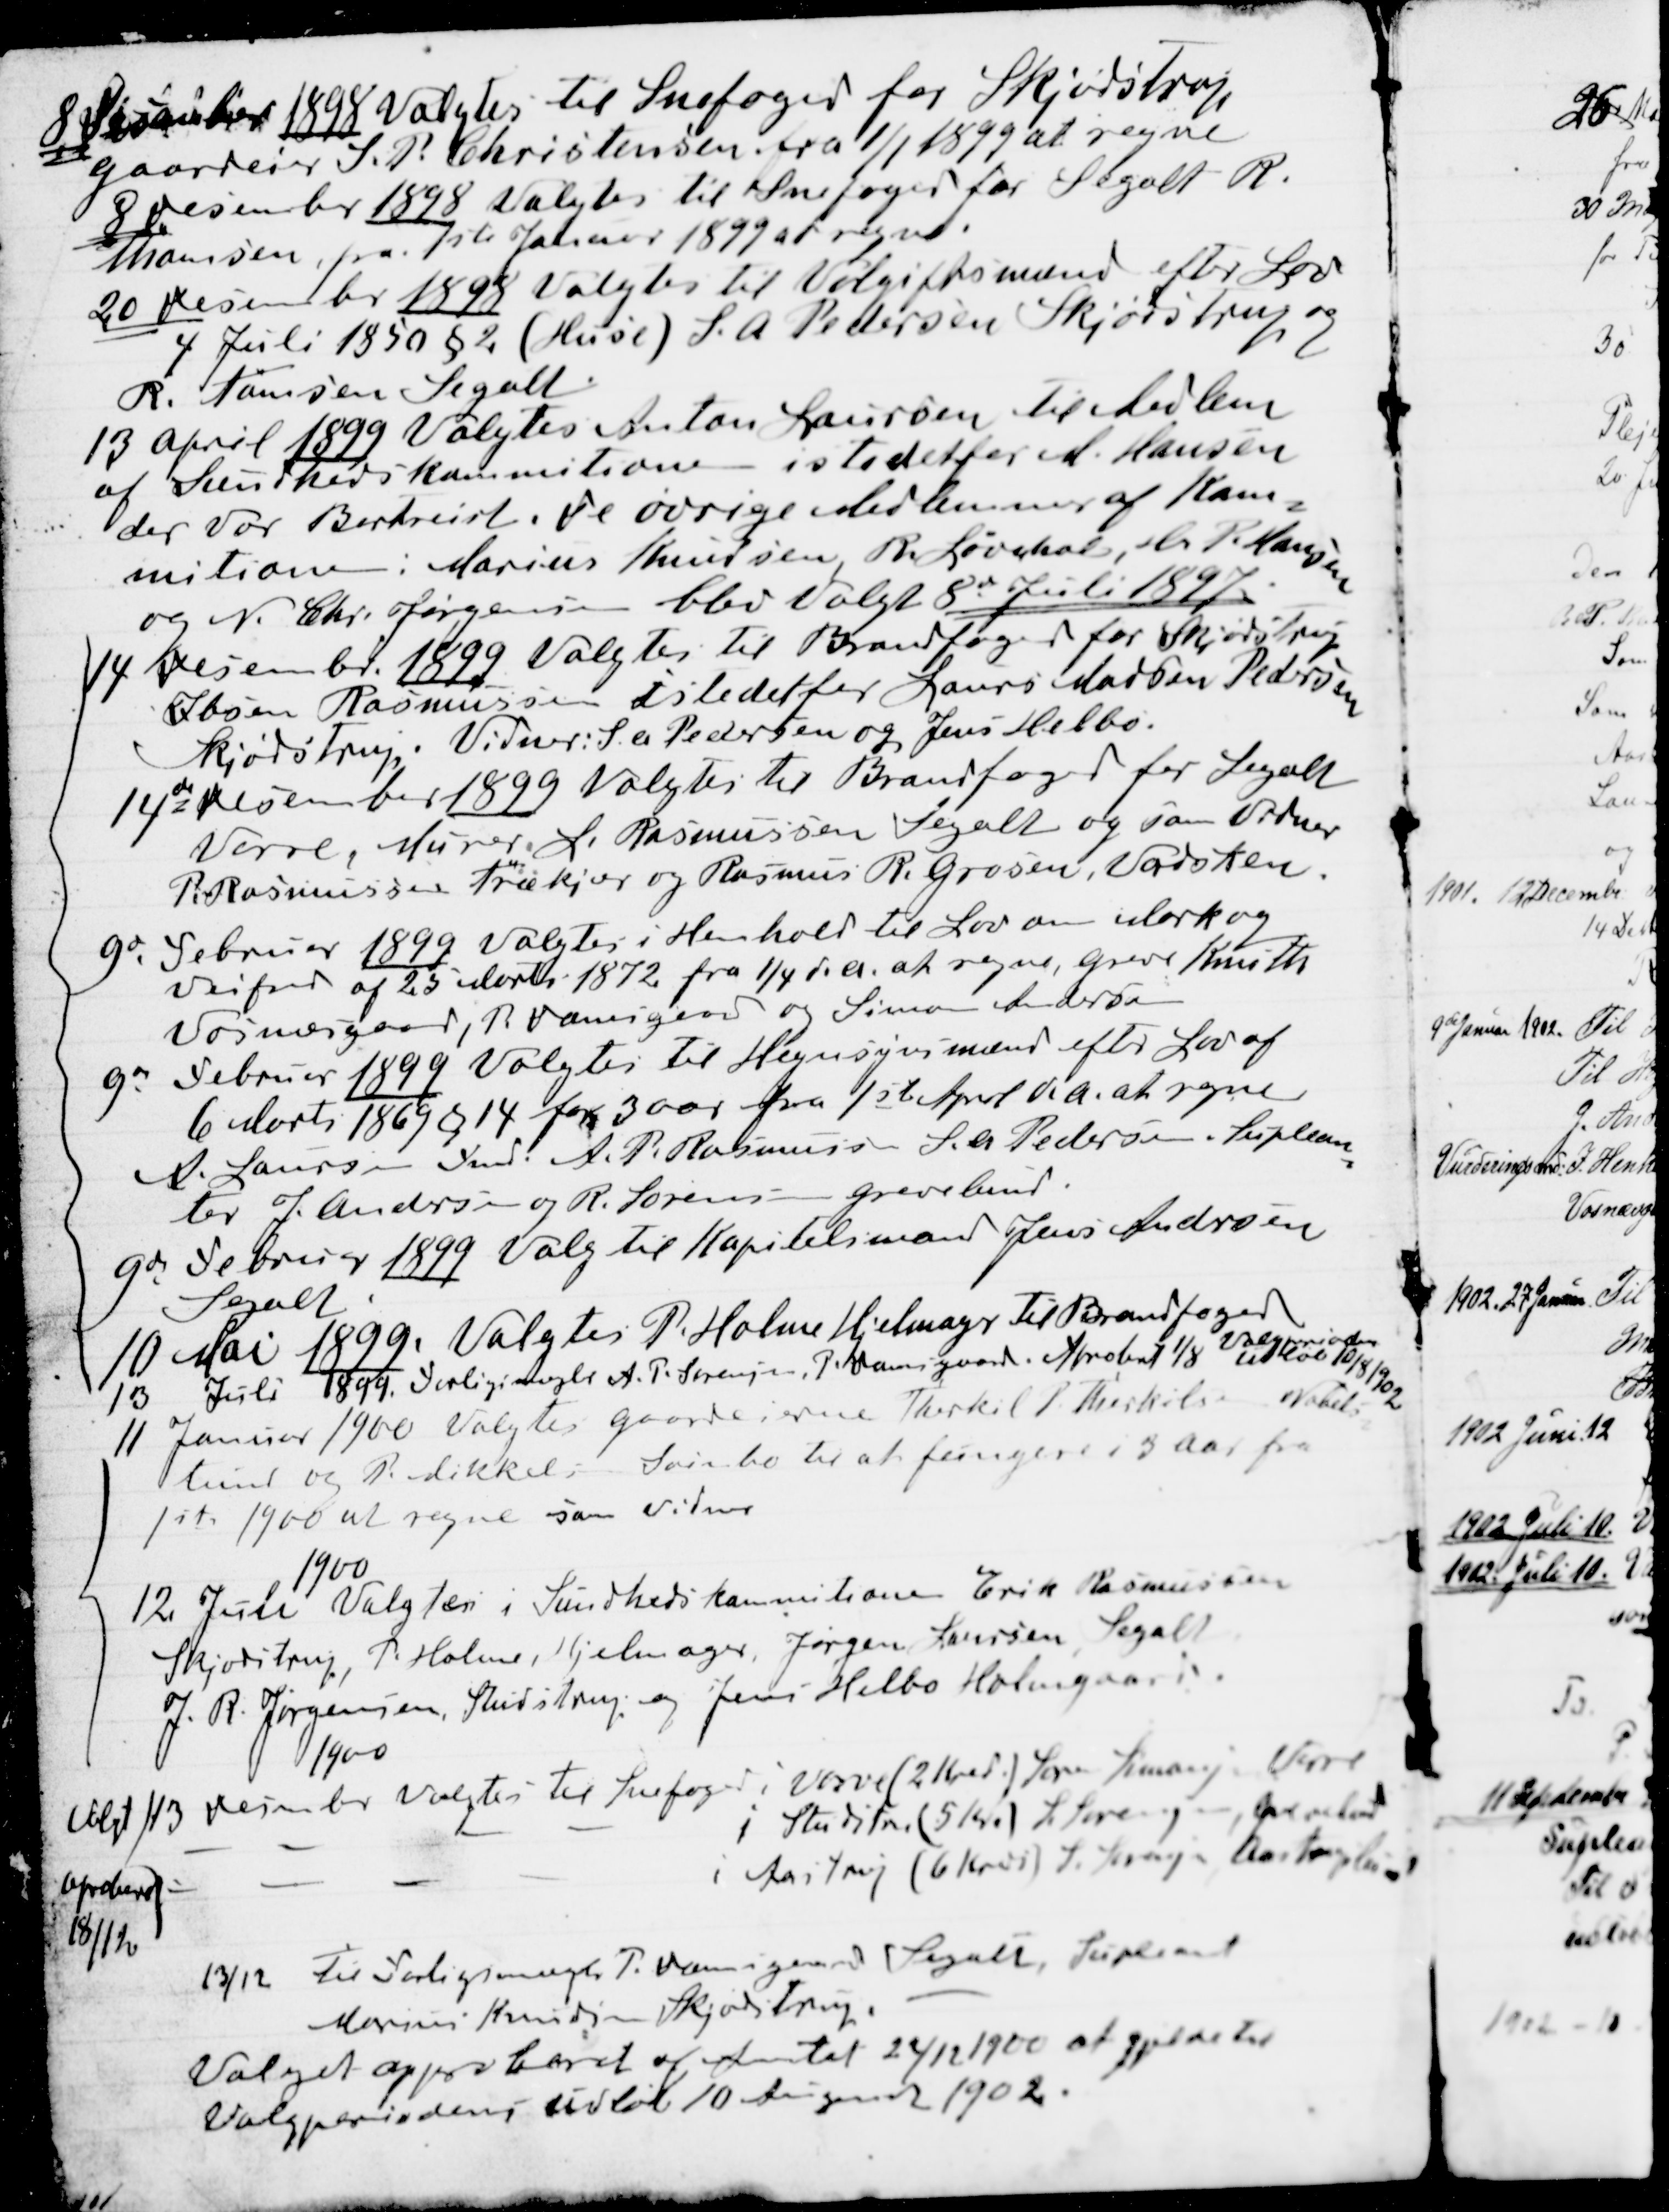
Transskription:
8 Desember 1898 Valgtes til Snefoged for Skjødstrup
Gaardeier S. P. Christensen fra 1/1 1899 at regne
8 Desember 1898. Valgtes til Snefoged for Segalt R.
Thomsen, fra 1ste Januar i 1899 at regne.
20 Desembr 1898 valgtes til Volgiftsmænd efter Lov
4 Juli 1850 § 2 (Huse) S. A. Pedersen Skjødstrup og
R. Tomsen Segalt.
13 April 1899 Valgtes Anton Laursen til Medlem
af Sundhedskommitionen i stedetfor M. Hansen
der vor Bortreist. De øvrige Medlemmer af Kom
=
mitionen: Marius Knudsen R. Løvchal, Hr. P. Hansen
og N. Chr. Jørgensen blev Valgt 8de Juli 1897
14 Desember 1899 Valgtes til Brandfoged for Skjødstrup
Ibsen Rasmussen istedetfor Laurs Madsen Pedersen
Skjødstrup. Vidner. S. A. Pedersen og Jens Helbo.
14de December 1899 Valgtes til Brandfoged for Segalt
Vorre, Murer L. Rasmussen Segalt og som Vidner
P. Rasmussen Trækjær og Rasmus R. Grosen, Vadsken.
9de Februar 1899 Valgtes i Henhold til Lov om Mark og
Vejfred af 25 Marts 1872 fra 1/4 d. A. at regne, Greve Knuth
Vosnæsgaard, P. Damsgaard og Simon Andersen
9de Februar 1899 Valgtes til Hegnsynsmænd efter Lov af
6 Marts 1869 § 14 for 3 Aar fra 1ste April d.A. at regne
A. Laursen Fmd. A. P. Rasmussen S. A. Pedersen Suplean
=
ter J. Andersen og R. Sørensen Grevelund
9de Februar 1899 Valg til Kapitelsmand Jens Andersen
Segalt
10 Mai 1899. Valgtes P. Holme Hjelmager til Brandfoged
13 Juli 1899. Forligsmægler A. P. Sørensen, P. Damsgaard. Aprobat 1/8 
Valgperioden
udløb 10/8 1902.
11 Januar 1900 Valgtes Gaardeierne Therkil P. Therkilsen Nabels
=
lund og P. Mikkel; Svinbo til at fungere i 3 Aar fra
1st 1900 at regne som vidner
1900
12. Juli  Valgtes i Sundhedskommitionen Erik Rasmussen
Skjødstrup, P. Holme, Hjelmager, Jørgen Laursen Segalt
J. R. Jørgensen, Studstrup og Jens Helbo Holmgaard.
1900
Valgt 13 Desember valgtes til Snefoged i Vorre (2 Kred.) Søren Knudsen Vorre
i Studstrup (5 Kred.) L Sørensen, Grevelund
i Aastrup (6 Kreds) S. Sørensen Aastruplund
Aproberet
18/12
13/12 til Forligsmægler P. Damgaard Segalt, Supleant
Marius Knudsen Skjødstrup.
Valget approberet af Amtet 22/11 1900 at gjælde til
Valgperiodens udløb 10 August 1902